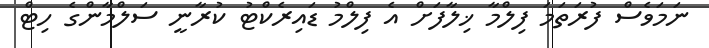
ނަމަވެސް ފުރަތަމަ ފިލްމާ ޚިލާފަށް އެ ފިލްމު ޑައިރެކްޓު ކުރާނީ ސަލްމާންގެ ހިޓް